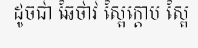
ដូចជា ឆៃថាវ ស្ពៃក្តោប ស្ពៃ